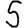
Digit: 5